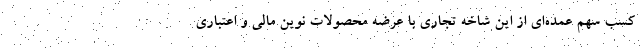
کسب سهم عمده‌ای از این شاخه تجاری با عرضه محصولات نوین مالی و اعتباری